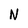
Character: N